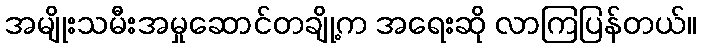
အမျိုးသမီးအမှုဆောင်တချို့က အရေးဆို လာကြပြန်တယ်။